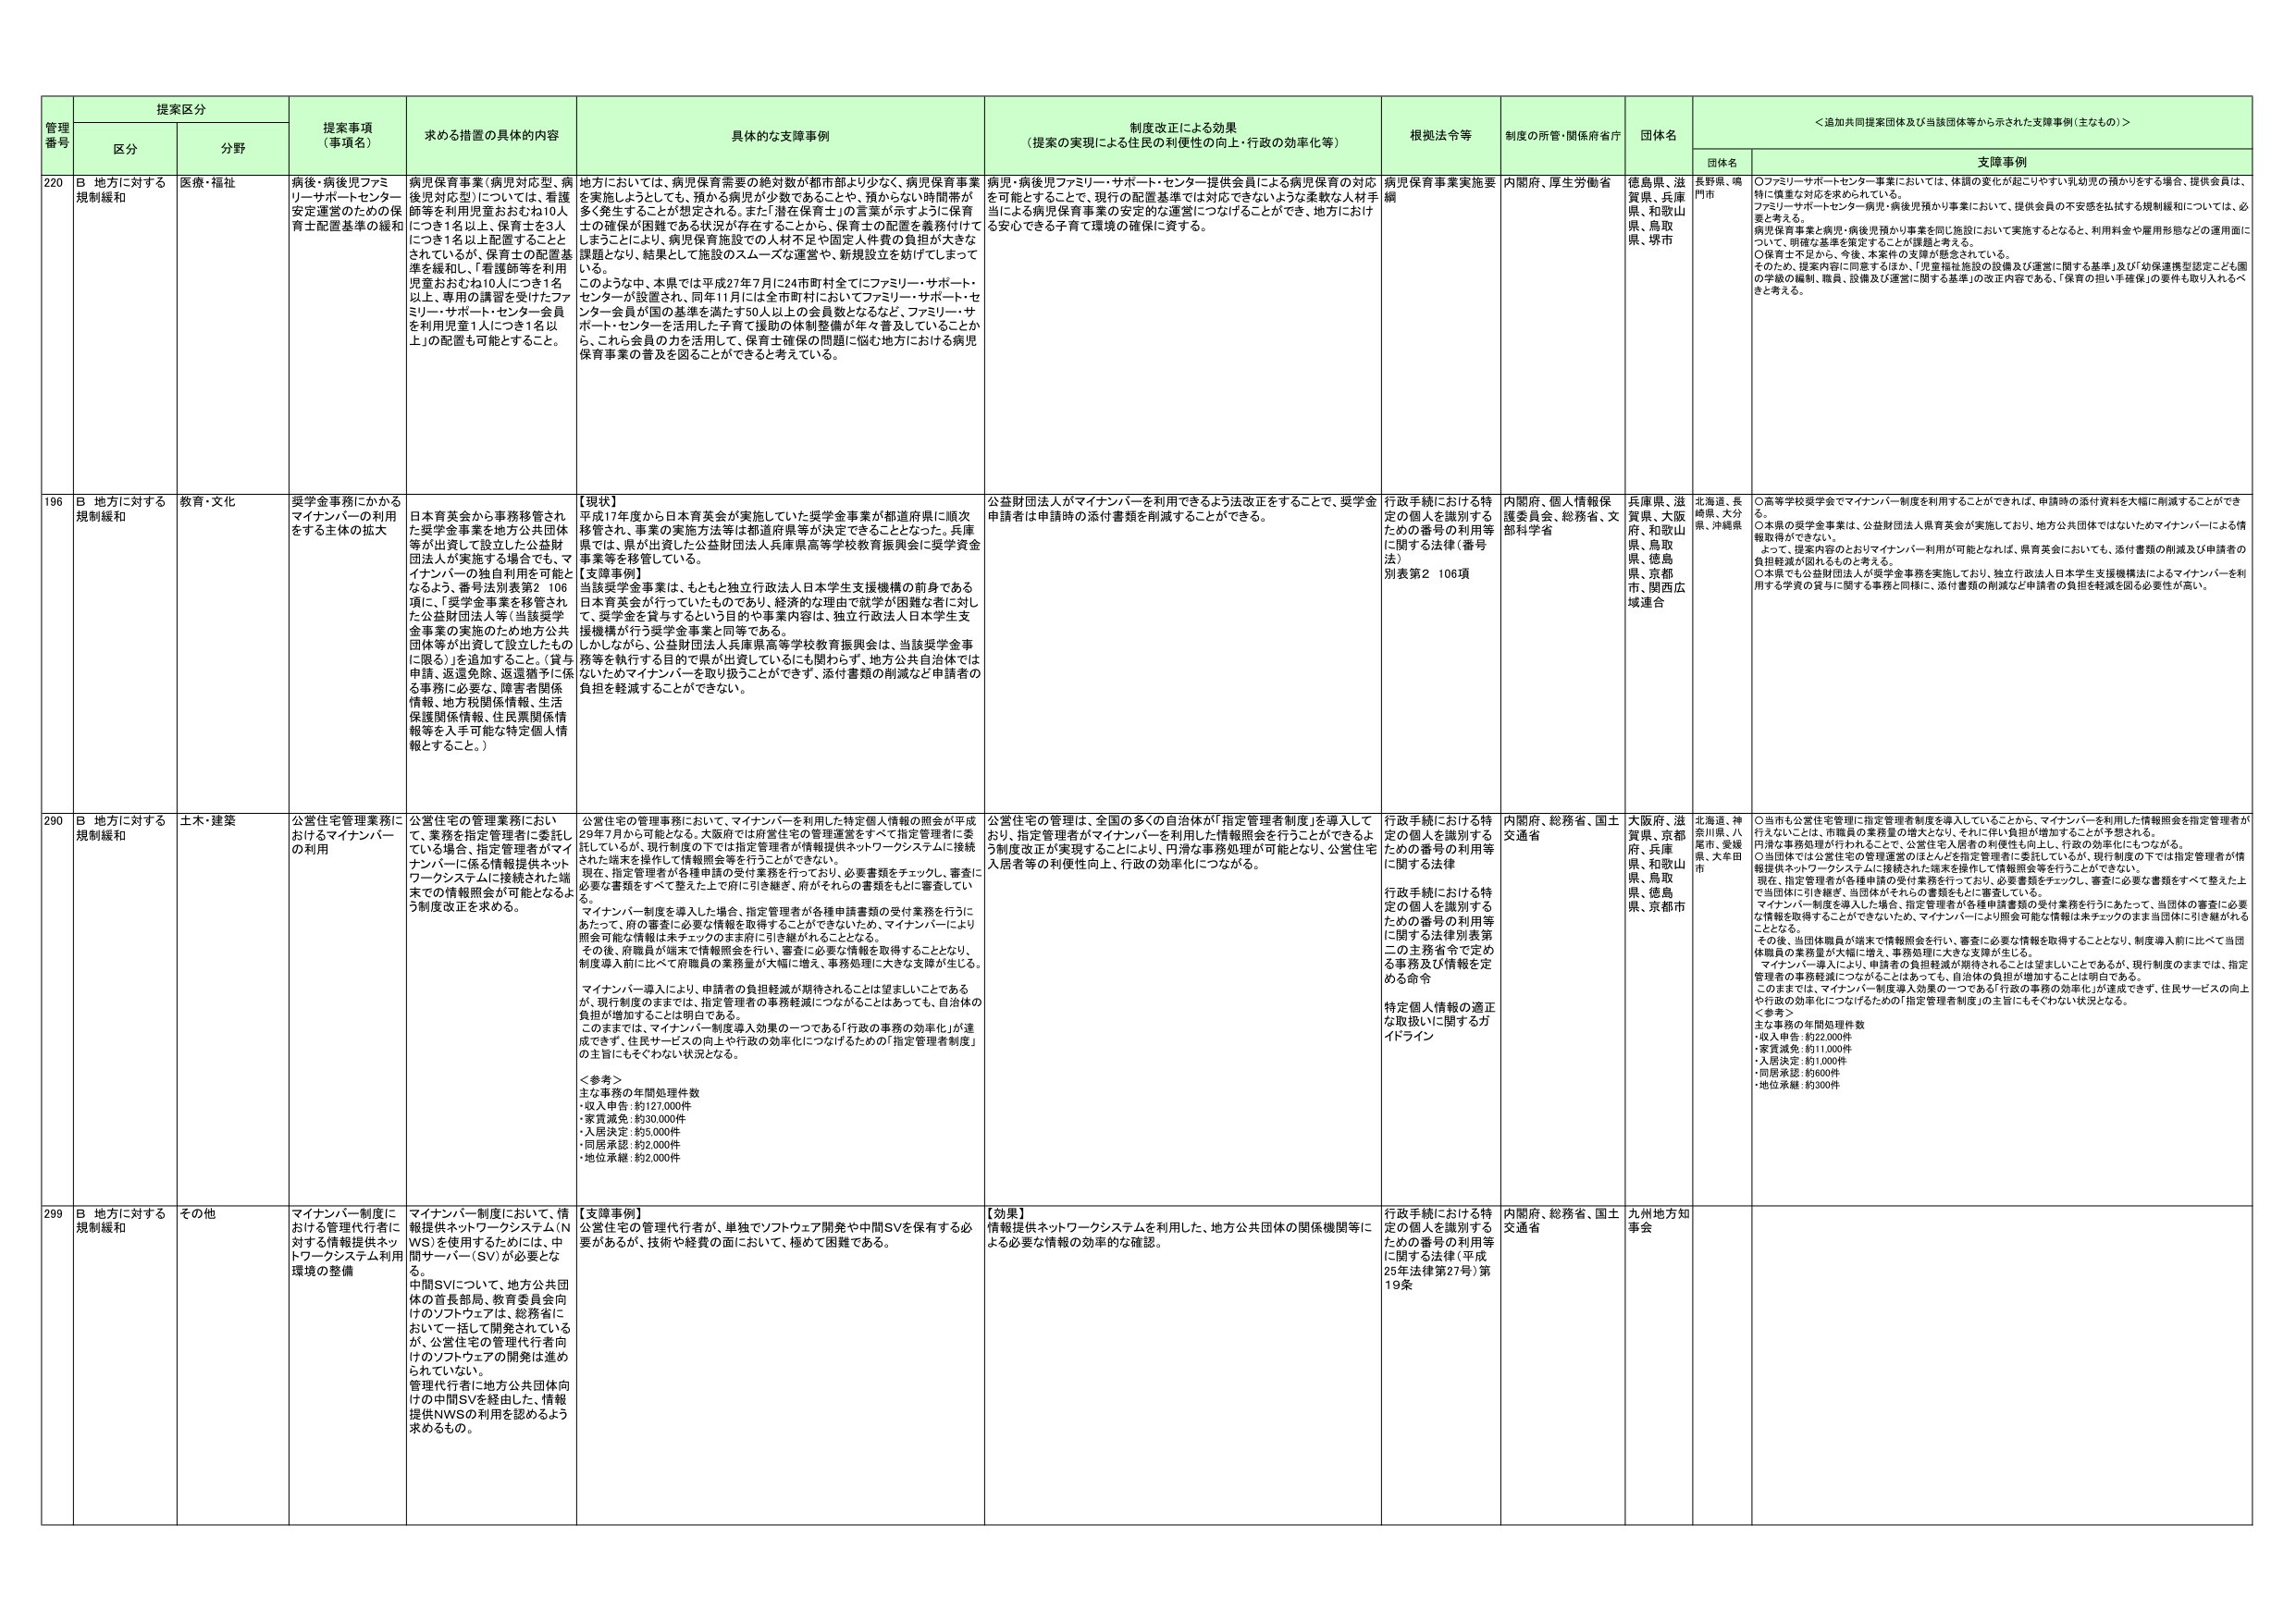
管理番号 提案区分 提案事項（事項名） 求める措置の具体的内容 具体的な支援事例 制度改正による効果（提案の実現による住民の利便性の向上・行政の効率化等） 根拠法令等 制度の所管・関係府省庁 団体名 ＜追加共同提案団体及び当該団体等から示された支援事例（主なもの）＞ 区分 分野 団体名 支援事例 220 B 地方に対する規制緩和 医療・福祉 病後・病後児ファミリーサポートセンター安定運営のための保育士配置基準の緩和 病児保育事業（病児対応型、病後児対応型）については、看護師等を利用児童おおむね10人につき1名以上、保育士を3人につき1名以上配置することとされているが、保育士の配置基準を緩和し、「看護師等を利用児童おおむね10人につき1名以上、専用の講習を受けたファミリーサポート・センター会員を利用児童1人につき1名以上」の配置も可能とするこ。 地方においては、病児保育需要の総対数が都市部より少なく、病児保育事業を実施しようとしても、預かる病児が少数であることや、預からない時間帯が多く発生することが想定される。また「潜在保育士」の言葉が示すように保育士の確保が困難である状況が存在することから、保育士の配置を義務付けてしまうことにより、病児保育施設での人材不足や固定人件費の負担が大きな課題となり、結果として施設のスムーズな運営や、新規設立を妨げてしまっている。 このような中、本県では平成27年7月に24市町村全てにファミリーサポート・センターが設置され、同年11月には全市町村においてファミリーサポート・センター会員が国の基準を満たす50人以上の会員数となるなど、ファミリーサポート・センターを活用した子育て援助の体制整備が年々普及していることから、これら会員の力を活用して、保育士確保の問題に悩む地方における病児保育事業の普及を図ることができると考えている。 病児・病後児ファミリーサポート・センター提供会員による病児保育の対応を可能とすることで、現行の配置基準では対応できないような柔軟な人材手当による病児保育事業の安定的な運営につなげることができ、地方における安心できる子育て環境の確保に資する。 病児保育事業実施要綱 内閣府、厚生労働省 徳島県、滋賀県、兵庫県、和歌山県、鳥取県、堺市 長野県、鳴門市 ○ファミリーサポートセンター事業においては、体調の変化が起こりやすい乳幼児の預かりをする場合、提供会員は、特に慎重な対応を求められている。 ファミリーサポートセンター病児・病後児預かり事業において、提供会員の不安感を払拭する規制緩和については、必要と考える。 病児保育事業と病児・病後児預かり事業を同じ施設において実施するとなると、利用料金や雇用形態などの運用面について、明確な基準を策定することが課題と考える。 ○保育士不足から、今後、本案件の支援が懸念されている。 そのため、提案内容に同意するほか、「児童福祉施設の設備及び運営に関する基準」及び「幼保連携型認定こども園の学級の編制、職員、設備及び運営に関する基準」の改正内容である、「保育の担い手確保」の要件を取り入れるべきと考える。 196 B 地方に対する規制緩和 教育・文化 奨学金事務にかかるマイナンバーの利用をする主体の拡大 日本育英会から事務移管された奨学金事業を地方公共団体等が出資して設立した公益財団法人が実施する場合でも、マイナンバーの独自利用を可能となるよう、番号法別表第2 106項に、「奨学金事業を移管された公益財団法人等（当該奨学金事業の実施のため地方公共団体等が出資して設立したものに限る）」を追加すること。（貸与申請、返還免除、返還猶予に係る事務に必要な、障害者関係情報、地方税関係情報、生活保護関係情報、住民票関係情報等を入手可能な特定個人情報とすること。） 【現状】 平成17年度から日本育英会が実施していた奨学金事業が都道府県に順次移管され、事業の実施方法等は都道府県等が決定できることとなった。兵庫県では、県が出資した公益財団法人兵庫県高等学校教育振興会に奨学金事業等を移管している。 【支援事例】 当該奨学金事業は、もともと独立行政法人日本学生支援機構の前身である日本育英会が行っていたものであり、経済的な理由で就学が困難な者に対し て、奨学金を貸与するという目的や事業内容は、独立行政法人日本学生支援機構が行う奨学金事業と同等である。 しかしながら、公益財団法人兵庫県高等学校教育振興会は、当該奨学金事業等を執行する目的で県が出資しているにも関わらず、地方公共自治体では ないためマイナンバーを取り扱うことができず、添付書類の削減など申請者の負担を軽減することができない。 公益財団法人がマイナンバーを利用できるよう法改正をすることで、奨学金申請者は申請時の添付書類を削減することができる。 行政手続における特定の個人を識別するための番号の利用等に関する法律（番号法） 別表第2 106項 内閣府、個人情報保護委員会、総務省、文部科学省 兵庫県、滋賀県、大阪府、和歌山県、鳥取県、徳島県、京都市、関西広域連合 北海道、長崎県、大分県、沖縄県 ○高等学校奨学金でマイナンバー制度を利用することができれば、申請時の添付資料を大幅に削減することができる。 ○本県の奨学金事業は、公益財団法人育英会が実施しており、地方公共団体ではないためマイナンバーによる情報取得ができない。 よって、提案内容のとおりマイナンバー利用が可能となれば、県育英会においても、添付書類の削減及び申請者の負担軽減が図れるものと考える。 ○本県でも公益財団法人が奨学金事業を実施しており、独立行政法人日本学生支援機構法によるマイナンバーを利用する学資の貸与に関する事務と同様に、添付書類の削減など申請者の負担を軽減を図る必要性が高い。 290 B 地方に対する規制緩和 土木・建築 公営住宅管理業務におけるマイナンバーの利用 公営住宅の管理業務において、業務を指定管理者に委託している場合、指定管理者がマイナンバーに係る情報提供ネットワークシステムに接続された端末での情報照会が可能となるよう制度改正を求める。 公営住宅の管理事務において、マイナンバーを利用した特定個人情報の照会が平成29年7月から可能となる。大阪府では府営住宅の管理運営をすべて指定管理者に委託しているが、現行制度の下では指定管理者が情報提供ネットワークシステムに接続された端末を操作して情報照会等を行うことができない。 現在、指定管理者が各種申請の受付業務を行っており、必要書類をチェックし、審査に必要な書類をすべて整えた上で府に引き継ぎ、府がそれらの書類をもとに審査している。 マイナンバー制度を導入した場合、指定管理者が各種申請書類の受付業務を行うにあたって、府の審査に必要な情報は取得することができないため、マイナンバーにより照会可能な情報は未チェックのまま府に引き継がれることとなる。 その後、府職員が端末で情報照会を行い、審査に必要な情報を取得することとなり、制度導入前と比べて府職員の業務量が大幅に増え、事務処理に大きな支障が生じる。 マイナンバー導入により、申請者の負担軽減が期待されることは望ましいことであるが、現行制度のままでは、指定管理者の事務軽減につながることはあっても、自治体の負担が増加することは明白である。 このままでは、マイナンバー制度導入効果の一つである「行政の事務の効率化」が達成できず、住民サービスの向上や行政の効率化につなげるための「指定管理者制度」の主旨にもそぐわない状況となる。 ＜参考＞ 主な事務の年間処理件数 ・収入申告：約127,000件 ・家賃減免：約30,000件 ・入居決定：約5,000件 ・同居承認：約2,000件 ・地位承継：約2,000件 公営住宅の管理は、全国の多くの自治体が「指定管理者制度」を導入しており、指定管理者がマイナンバーを利用した情報照会を行うことができるよう制度改正が実現することにより、円滑な事務処理が可能となり、公営住宅入居者等の利便性向上、行政の効率化につながる。 行政手続における特定の個人を識別するための番号の利用等に関する法律 行政手続における特定の個人を識別するための番号の利用等に関する法律別表第二の主務省令で定める事務及び情報を定める命令 特定個人情報の適正な取扱いに関するガイドライン 内閣府、総務省、国土交通省 大阪府、滋賀県、京都府、兵庫県、和歌山県、鳥取県、徳島県、京都市 北海道、神奈川県、八尾市、愛媛県、大牟田市 ○当市も公営住宅管理に指定管理者制度を導入していることから、マイナンバーを利用した情報照会を指定管理者が行えないことは、市職員の業務量の増大となり、それに伴い負担が増加することが予想される。 円滑な事務処理が行われることで、公営住宅入居者の利便性も向上し、行政の効率化にもつながる。 ○当団体では公営住宅の管理運営のほとんどを指定管理者に委託しているが、現行制度の下では指定管理者が情報提供ネットワークシステムに接続された端末を操作して情報照会等を行うことができない。 現在、指定管理者が各種申請の受付業務を行っており、必要書類をチェックし、審査に必要な書類をすべて整えた上で当団体に引き継ぎ、当団体がそれらの書類をもとに審査している。 マイナンバー制度を導入した場合、指定管理者が各種申請書類の受付業務を行うにあたって、当団体の審査に必要な情報を取得することができないため、マイナンバーにより照会可能な情報は未チェックのまま当団体に引き継がれることとなる。 その後、当団体職員が端末で情報照会を行い、審査に必要な情報を取得することとなり、制度導入前と比べて当団体職員の業務量が大幅に増え、事務処理に大きな支障が生じる。 マイナンバー導入により、申請者の負担軽減が期待されることは望ましいことであるが、現行制度のままでは、指定管理者の事務軽減につながることはあっても、自治体の負担が増加することは明白である。 このままでは、マイナンバー制度導入効果の一つである「行政の事務の効率化」が達成できず、住民サービスの向上や行政の効率化につなげるための「指定管理者制度」の主旨にもそぐわない状況となる。 ＜参考＞ 主な事務の年間処理件数 ・収入申告：約22,000件 ・家賃減免：約11,000件 ・入居決定：約1,600件 ・同居承認：約600件 ・地位承継：約300件 299 B 地方に対する規制緩和 その他 マイナンバー制度における管理代行者に対する情報提供ネットワークシステム利用環境の整備 マイナンバー制度において、情報提供ネットワークシステム（NWS）を使用するためには、中間サーバー（SV）が必要となる。 中間SVについて、地方公共団体の首長部局、教育委員会向けのソフトウェアは、総務省において一括して開発されているが、公営住宅の管理代行者向けのソフトウェアの開発は進められていない。 管理代行者に地方公共団体向けの中間SVを経由した、情報提供NWSの利用を認めるよう求めるもの。 【支援事例】 公営住宅の管理代行者が、単独でソフトウェア開発や中間SVを保有する必要があるが、技術や経費の面において、極めて困難である。 【効果】 情報提供ネットワークシステムを利用した、地方公共団体の関係機関等による必要な情報の効率的な確認。 行政手続における特定の個人を識別するための番号の利用等に関する法律（平成25年法律第27号）第19条 内閣府、総務省、国土交通省 九州地方知事会